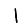
Digit: 1